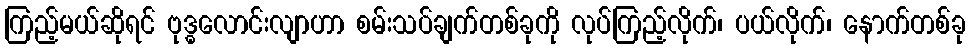
ကြည့်မယ်ဆိုရင် ဗုဒ္ဓလောင်းလျာဟာ စမ်းသပ်ချက်တစ်ခုကို လုပ်ကြည့်လိုက်၊ ပယ်လိုက်၊ နောက်တစ်ခု